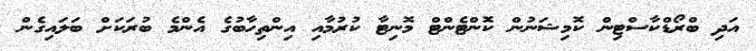
އަދި ބްރޯޑްކާސްޓިން ކޮމިޝަނުން ކޮންޓެންޓް މޮނިޓާ ކުރުމާއި އިންތިހާބުގެ އެންމެ ބުރަކަށް ބަލައިގެން